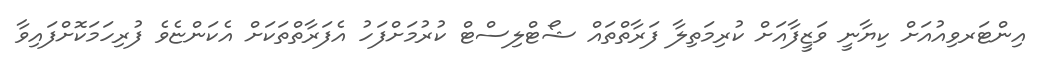
އިންޓަރވިއުއަށް ކިޔާނީ ވަޒީފާއަށް ކުރިމަތިލާ ފަރާތްތައް ޝޯޓްލިސްޓް ކުރުމަށްފަހު އެފަރާތްތަކަށް އެކަންޏެވެ ފުރިހަމަކޮށްފައިވާ